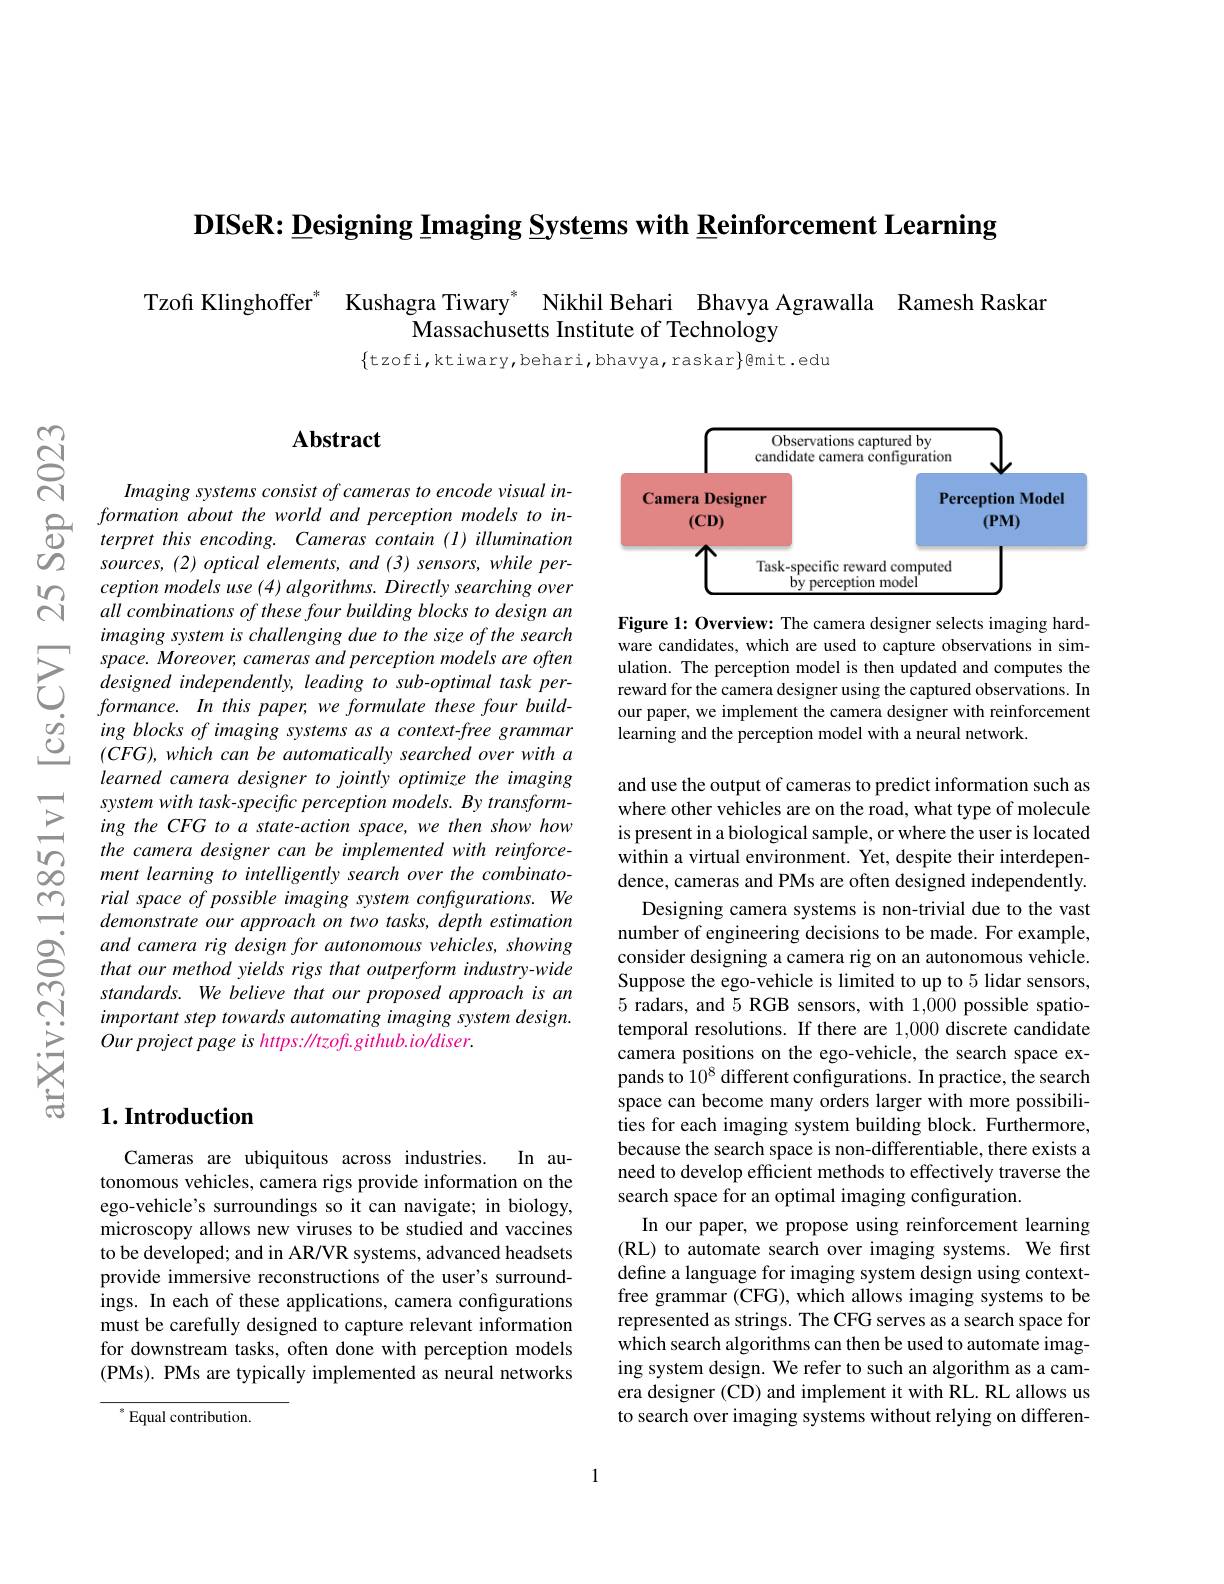
$\textbf{DISeR: Designing Imaging Systems with Reinforcement Learning}$

Tzofi Klinghoffer$^*$ Kushagra Tiwary$^*$ Nikhil Behari Bhavya Agrawalla Ramesh Raskar
Massachusetts Institute of Technology

$\{$tzofi,ktiwary,behari,bhavya,raskar$\}$@mit.edu

$UD$

$പ്പു$

$ଟ୍ରି$

## $\mathbf{Abstract}$

Imaging systems consist of cameras to encode visual information about the world and perception models to in-
$\bigoplus_{\begin{array}{cc}\text{formation about the world and perception models to in-}\\\text{d}&\text{terpret this encoding. Cameras contain (I) illumination}\end{array}}$
sources, (2) optical elements, and (3) sensors, while perception models use (4) algorithms. Directly searching over all combinations of these four building blocks to design an imaging system is challenging due to the size of the search
$\sum_{\begin{aligned}&space.Moreover,cameras\:and\:perception\:models\:are\:often\\&designed\:independently,\:leading\:to\:sub-optimal\:task\:per-\\&formance.\: In\:this\:paper;\:we\:formulate\:these\:four\:build-\end{aligned}}$ $\begin{array}{lllllllllll}&formance.&In&this&paper;&we&formulate&these&four&build-\\\dot{o}&&ing&blocks&of&imaging&systems&as&a&context-free&grammar\\\underline{O}&&(CFG),&which&can&be&automatically&searched&over&with&a\end{array}$
learned camera designer to jointly optimize the imaging system with task-specific perception models. By transforming the CFG to a state-action space, we then show how the camera designer can be implemented with reinforcement learning to intelligently search over the combinatorial space of possible imaging system configurations. We demonstrate our approach on two tasks, depth estimation and camera rig design for autonomous vehicles, showing that our method yields rigs that outperform industry-wide standards. We believe that our proposed approach is an important step towards automating imaging system design. Ourproject page is https: //tzoft.github.io/diser.

<FigureHere>

Figure 1: Overview: The camera designer selects imaging hardware candidates, which are used to capture observations in simulation. The perception model is then updated and computes the reward for the camera designer using the captured observations. In our paper, we implement the camera designer with reinforcement learning and the perception model with a neural network.

and use the output of cameras to predict information such as where other vehicles are on the road, what type of molecule is present in a biological sample, or where the user is located within a virtual environment. Yet, despite their interdependence, cameras and PMs are often designed independently.
Designing camera systems is non-trivial due to the vast number of engineering decisions to be made. For example, consider designing a camera rig on an autonomous vehicle Suppose the ego-vehicle is limited to up to 5 lidar sensors, 5 radars, and 5 RGB sensors, with 1,000 possible spatiotemporal resolutions. If there are 1,000 discrete candidate camera positions on the ego-vehicle, the search space expands to 10^8 different configurations. In practice, the search space can become many orders larger with more possibilities for each imaging system building block. Furthermore, because the search space is non-differentiable, there exists a need to develop efficient methods to effectively traverse the search space for an optimal imaging configuration.
In our paper, we propose using reinforcement learning (RL) to automate search over imaging systems. We first define a language for imaging system design using contextfree grammar (CFG), which allows imaging systems to be represented as strings. The CFG serves as a search space for which search algorithms can then be used to automate imaging system design. We refer to such an algorithm as a camera designer (CD) and implement it with RL. RL allows us to search over imaging systems without relying on differen-

### $1. \textbf{Introduction}$

Cameras are ubiquitous across industries.
In au-
tonomous vehicles, camera rigs provide information on the ego-vehicle's surroundings so it can navigate; in biology, microscopy allows new viruses to be studied and vaccines to be developed; and in AR/VR systems, advanced headsets provide immersive reconstructions of the user's surroundings. In each of these applications, camera configurations must be carefully designed to capture relevant information for downstream tasks, often done with perception models (PMs). PMs are typically implemented as neural networks

$^{*}$Equal contribution.

1